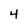
Character: 4